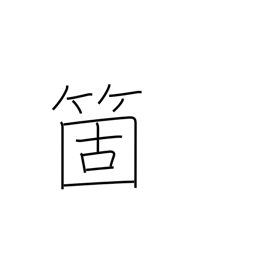
Meaning: counter for articles